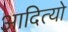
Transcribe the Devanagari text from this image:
आदित्यो